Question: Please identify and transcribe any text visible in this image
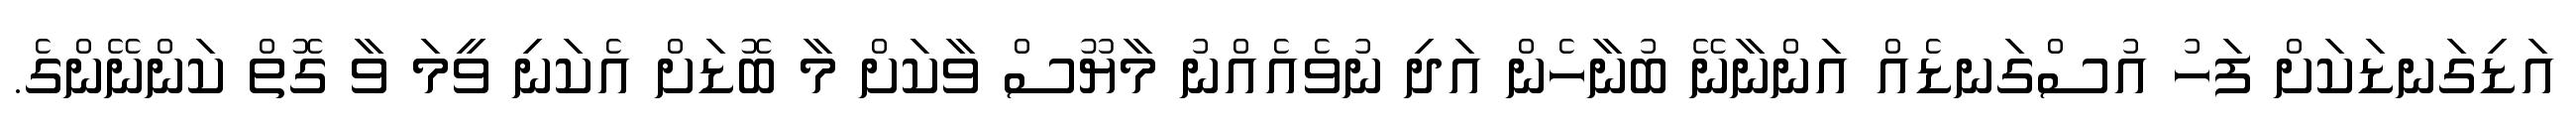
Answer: އަޑިގަނޑަކަށް ފަހު އުސްގަނޑެއް އަންނާނޭ ބުނާހެން އަދި ނުވެއެއްނު މާޔޫސް ވާކަށް މާ ބޮޑަށް އެކަނި ވީމަ ވާ ގޮތް ކަންނޭންގެ.